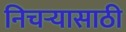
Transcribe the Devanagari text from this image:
निचर्‍यासाठी